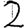
Digit: 2